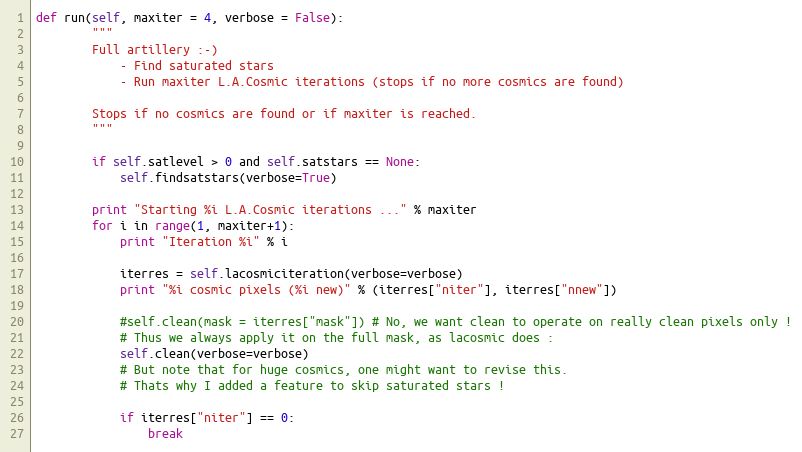
Language: Python
def run(self, maxiter = 4, verbose = False):
        """
        Full artillery :-)
            - Find saturated stars
            - Run maxiter L.A.Cosmic iterations (stops if no more cosmics are found)

        Stops if no cosmics are found or if maxiter is reached.
        """

        if self.satlevel > 0 and self.satstars == None:
            self.findsatstars(verbose=True)

        print "Starting %i L.A.Cosmic iterations ..." % maxiter
        for i in range(1, maxiter+1):
            print "Iteration %i" % i

            iterres = self.lacosmiciteration(verbose=verbose)
            print "%i cosmic pixels (%i new)" % (iterres["niter"], iterres["nnew"])

            #self.clean(mask = iterres["mask"]) # No, we want clean to operate on really clean pixels only !
            # Thus we always apply it on the full mask, as lacosmic does :
            self.clean(verbose=verbose)
            # But note that for huge cosmics, one might want to revise this.
            # Thats why I added a feature to skip saturated stars !

            if iterres["niter"] == 0:
                break